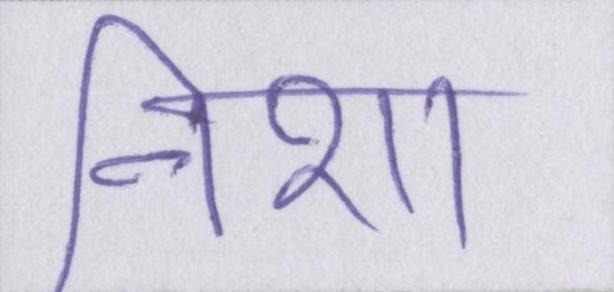
निशा